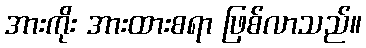
အားကိုး အားထားစရာ ဖြစ်လာသည်။